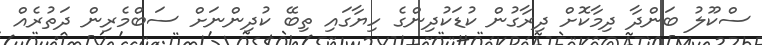
ސްކޫލު ބަންދާ ދިމާކޮށް ދިރާގުން ކުޑަކުދިންގެ ހިޔާގައި ތިބޭ ކުދިންނަށް ސަބްމެރިން ދަތުރެއް